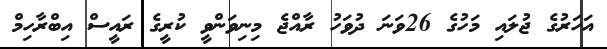
އަހަރުގެ ޖުލައި މަހުގެ 26ވަނަ ދުވަހު ރާއްޖެ މިނިވަންވީ ކުރީގެ ރައީސް އިބްރާހިމް